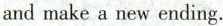
and make a new ending.